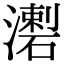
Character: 𤀦